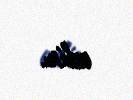
edir.